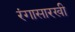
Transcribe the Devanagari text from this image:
रंगासारखी